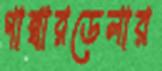
গাম্বারডেলার